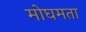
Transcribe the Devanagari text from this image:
मोघमता